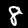
Label: 8